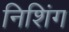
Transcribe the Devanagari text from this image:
निशिंग